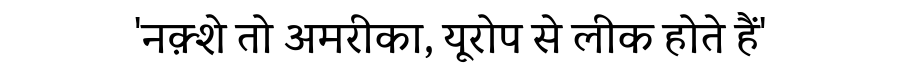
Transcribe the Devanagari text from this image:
'नक़्शे तो अमरीका, यूरोप से लीक होते हैं'